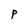
Character: P